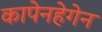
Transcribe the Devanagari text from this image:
कापेनहेगेन